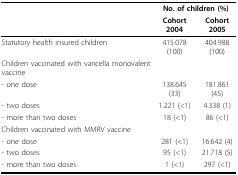
<table><thead><tr><td></td><td colspan="2"><b>No. of children (%)</b></td></tr><tr><td></td><td><b>Cohort 2004</b></td><td><b>Cohort 2005</b></td></tr></thead><tbody><tr><td>Statutory health insured children</td><td>415.078 (100)</td><td>404.988 (100)</td></tr><tr><td>Children vaccinated with varicella monovalent vaccine</td><td></td><td></td></tr><tr><td>- one dose</td><td>138.645 (33)</td><td>181.861 (45)</td></tr><tr><td>- two doses</td><td>1.221 (&lt;1)</td><td>4.338 (1)</td></tr><tr><td>- more than two doses</td><td>18 (&lt;1)</td><td>86 (&lt;1)</td></tr><tr><td>Children vaccinated with MMRV vaccine</td><td></td><td></td></tr><tr><td>- one dose</td><td>281 (&lt;1)</td><td>16.642 (4)</td></tr><tr><td>- two doses</td><td>95 (&lt;1)</td><td>21.718 (5)</td></tr><tr><td>- more than two doses</td><td>1 (&lt;1)</td><td>297 (&lt;1)</td></tr></tbody></table>